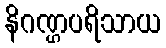
နိဂဏ္ဌပရိသာယ